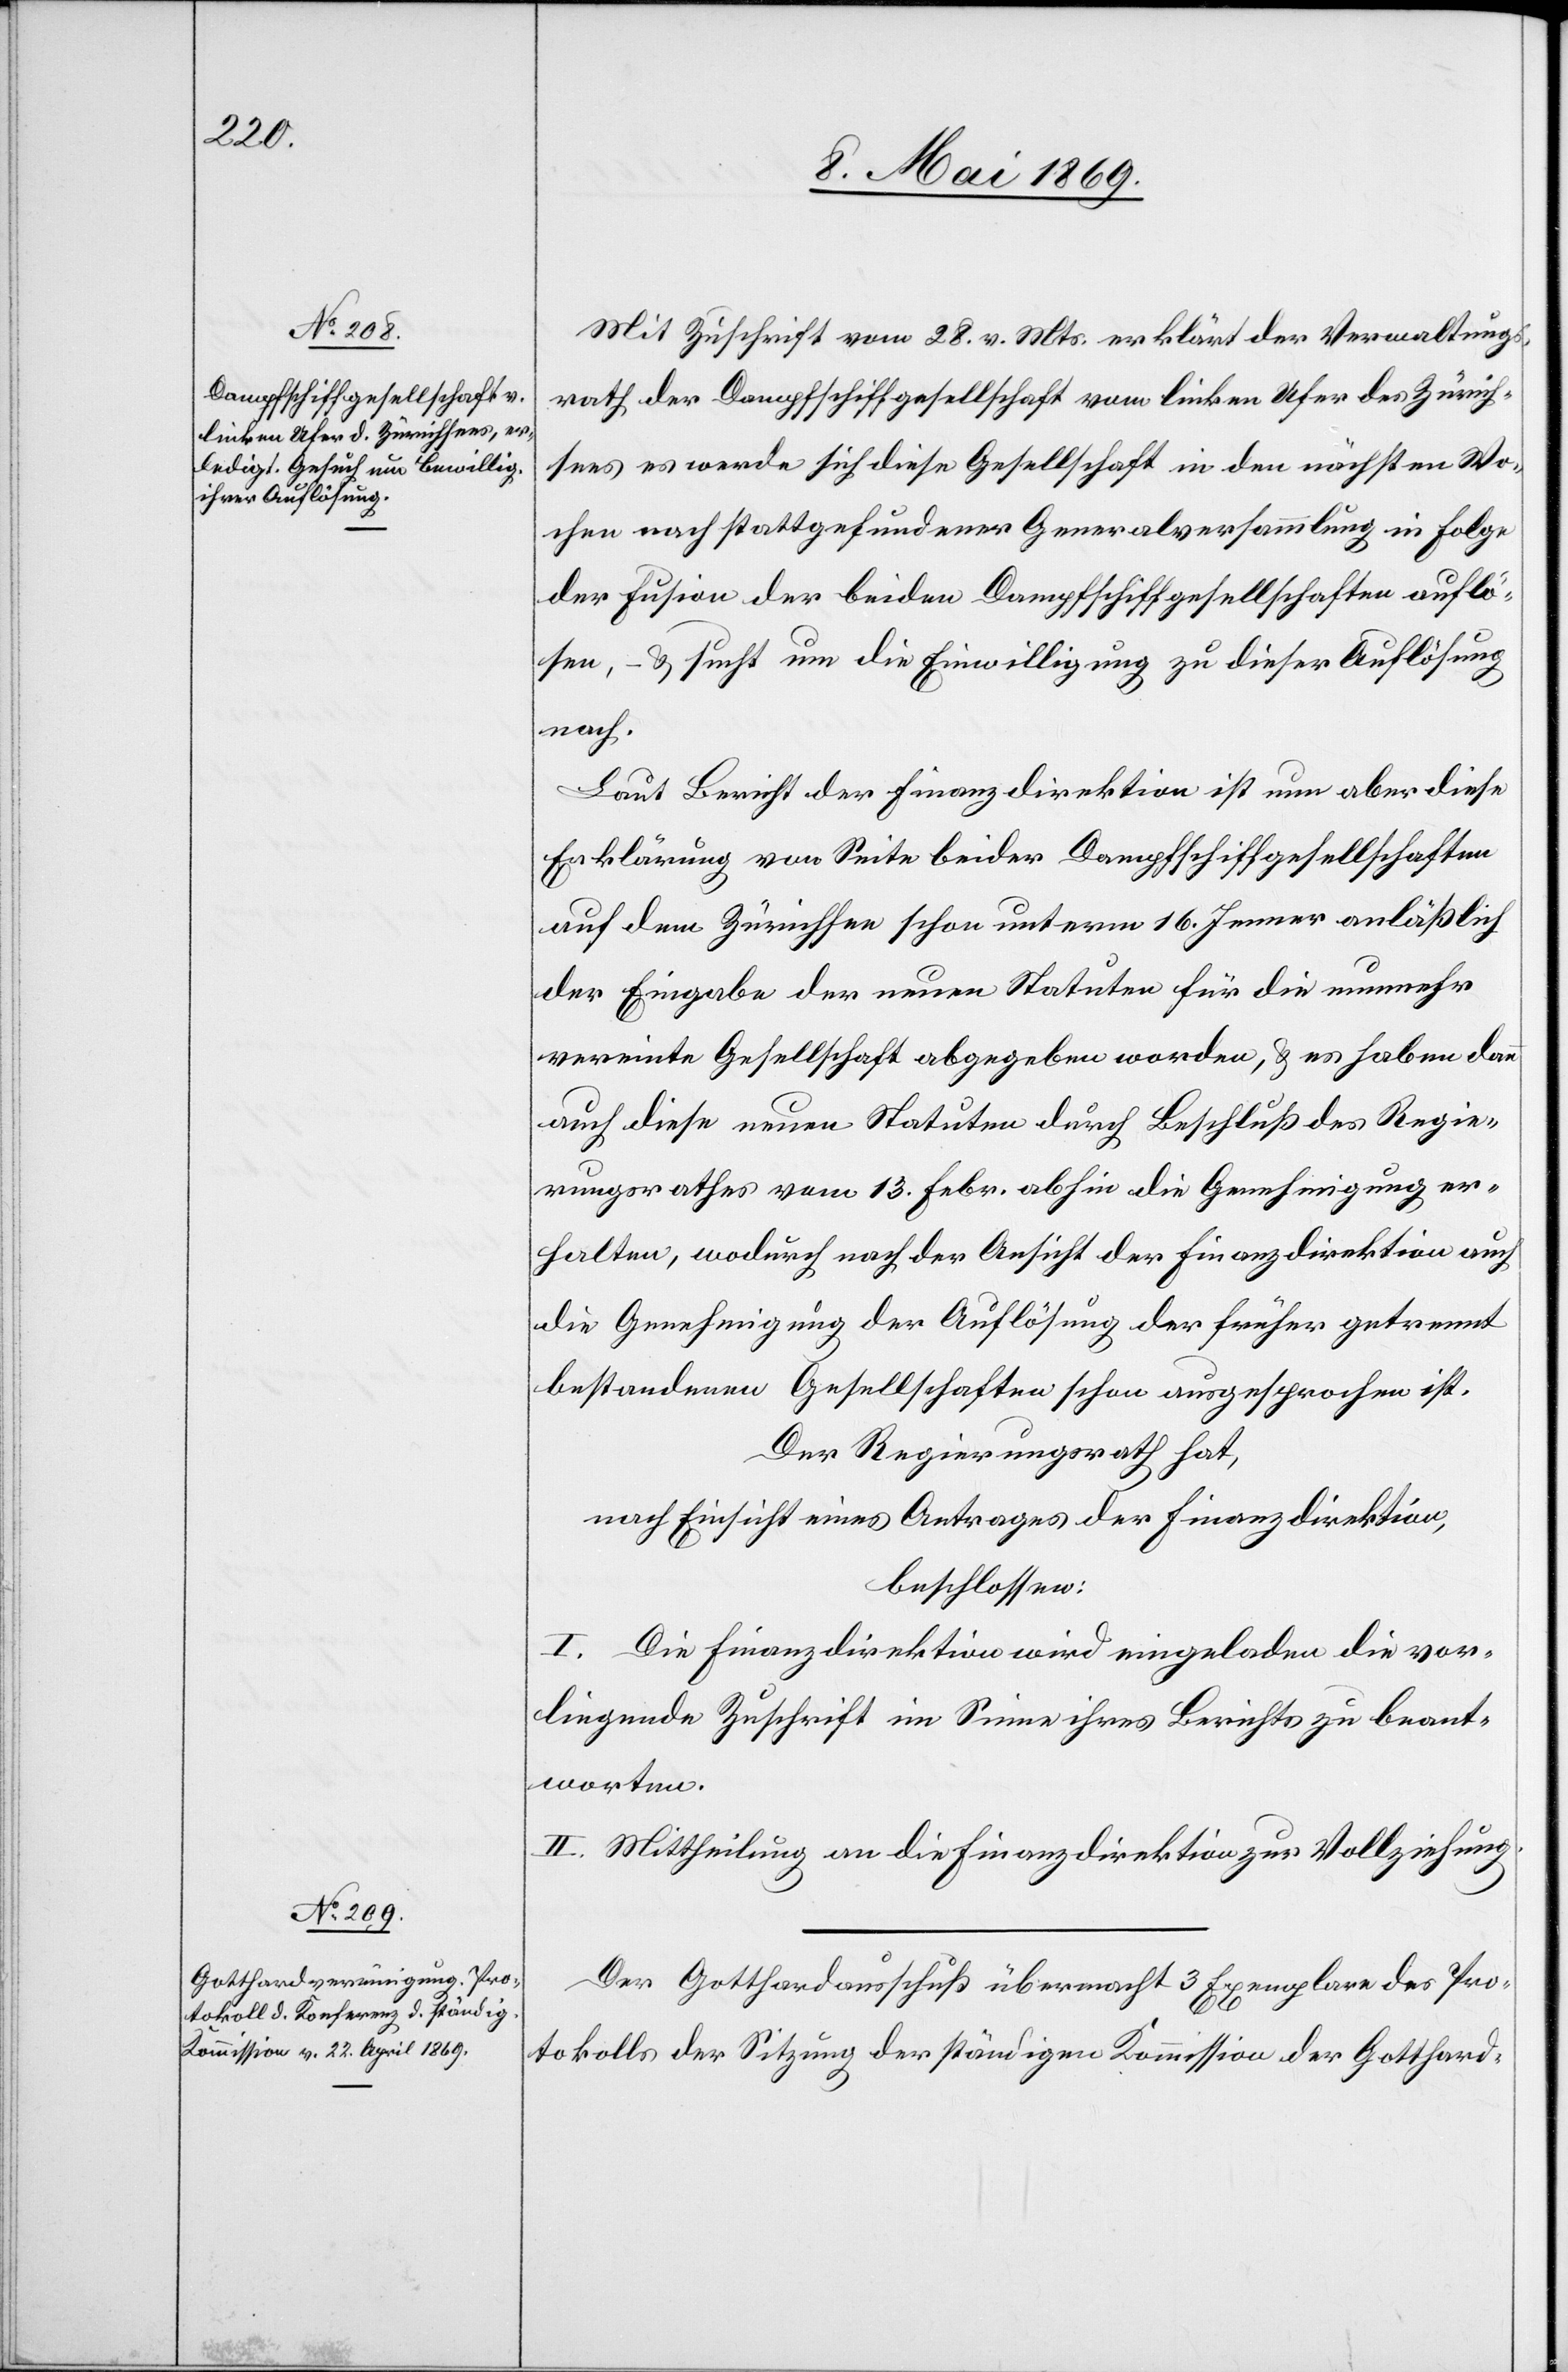
Mit Zuschrift vom 28. v. Mts. erklärt der Verwaltungs¬
rath der Dampfschiffgesellschaft vom linken Ufer des Zürich¬
sees es werde sich diese Gesellschaft in den nächsten Wo¬
chen nach stattgefundener Generalversammlung in Folge
der Fusion der beiden Dampfschiffgesellschaften auflö¬
sen , – u. sucht um die Einwilligung zu dieser Auflösung
nach.
Laut Bericht der Finanzdirektion ist nun aber diese
Erklärung von Seite beider Dampfschiffgesellschaften
auf dem Zürichsee schon unterm 16. Jenner anläßlich
der Eingabe der neuen Statuten für die nunmehr
vereinte Gesellschaft abgegeben worden, u. es haben dann
auch diese neuen Statuten durch Beschluß des Regie¬
rungsrathes vom 13. Febr. abhin die Genehmigung er¬
halten, wodurch nach der Ansicht der früher getrennt
bestandenen Gesellschaften schon ausgesprochen ist.
Der Regierungsrath hat,
nach Einsicht eines Antrages der Finanzdirektion,
beschlossen:
I. Die Finanzdirektion wird eingeladen die vor¬
liegende Zuschrift im Sinne ihres Berichts zu beant¬
worten.
II. Mittheilung an die Finanzdirektion zur Vollziehung.
Der Gotthardausschuß übermacht 3 Exemplare des Pro¬
tokolls der Sitzung der ständigen Kommission der Gotthard-